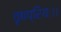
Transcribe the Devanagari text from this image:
वृषप्रियः।।